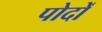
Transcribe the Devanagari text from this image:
पोदों